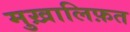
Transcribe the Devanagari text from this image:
मुख़ालिफ़त